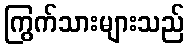
ကြွက်သားများသည်